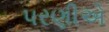
પરણીએ